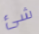
شئ